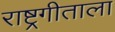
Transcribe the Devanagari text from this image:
राष्ट्रगीताला